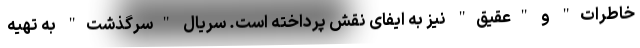
خاطرات" و "عقیق" نیز به ایفای نقش پرداخته است. سریال "سرگذشت" به تهیه